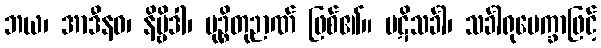
ဘယ၊ အာဒီနဝ၊ နိဗ္ဗိဒါ၊ မုဉ္စိတုဉာဏ် ဖြစ်၏။ ပဋိသင်္ခါ၊ သင်္ခါရုပေက္ခာဖြင့်